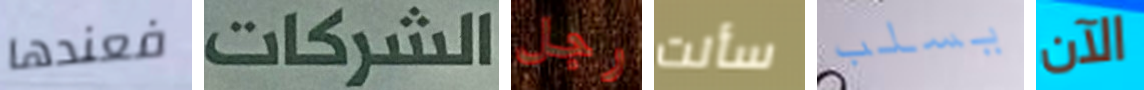
فعندها الشركات رجل سألت يسلب الآن